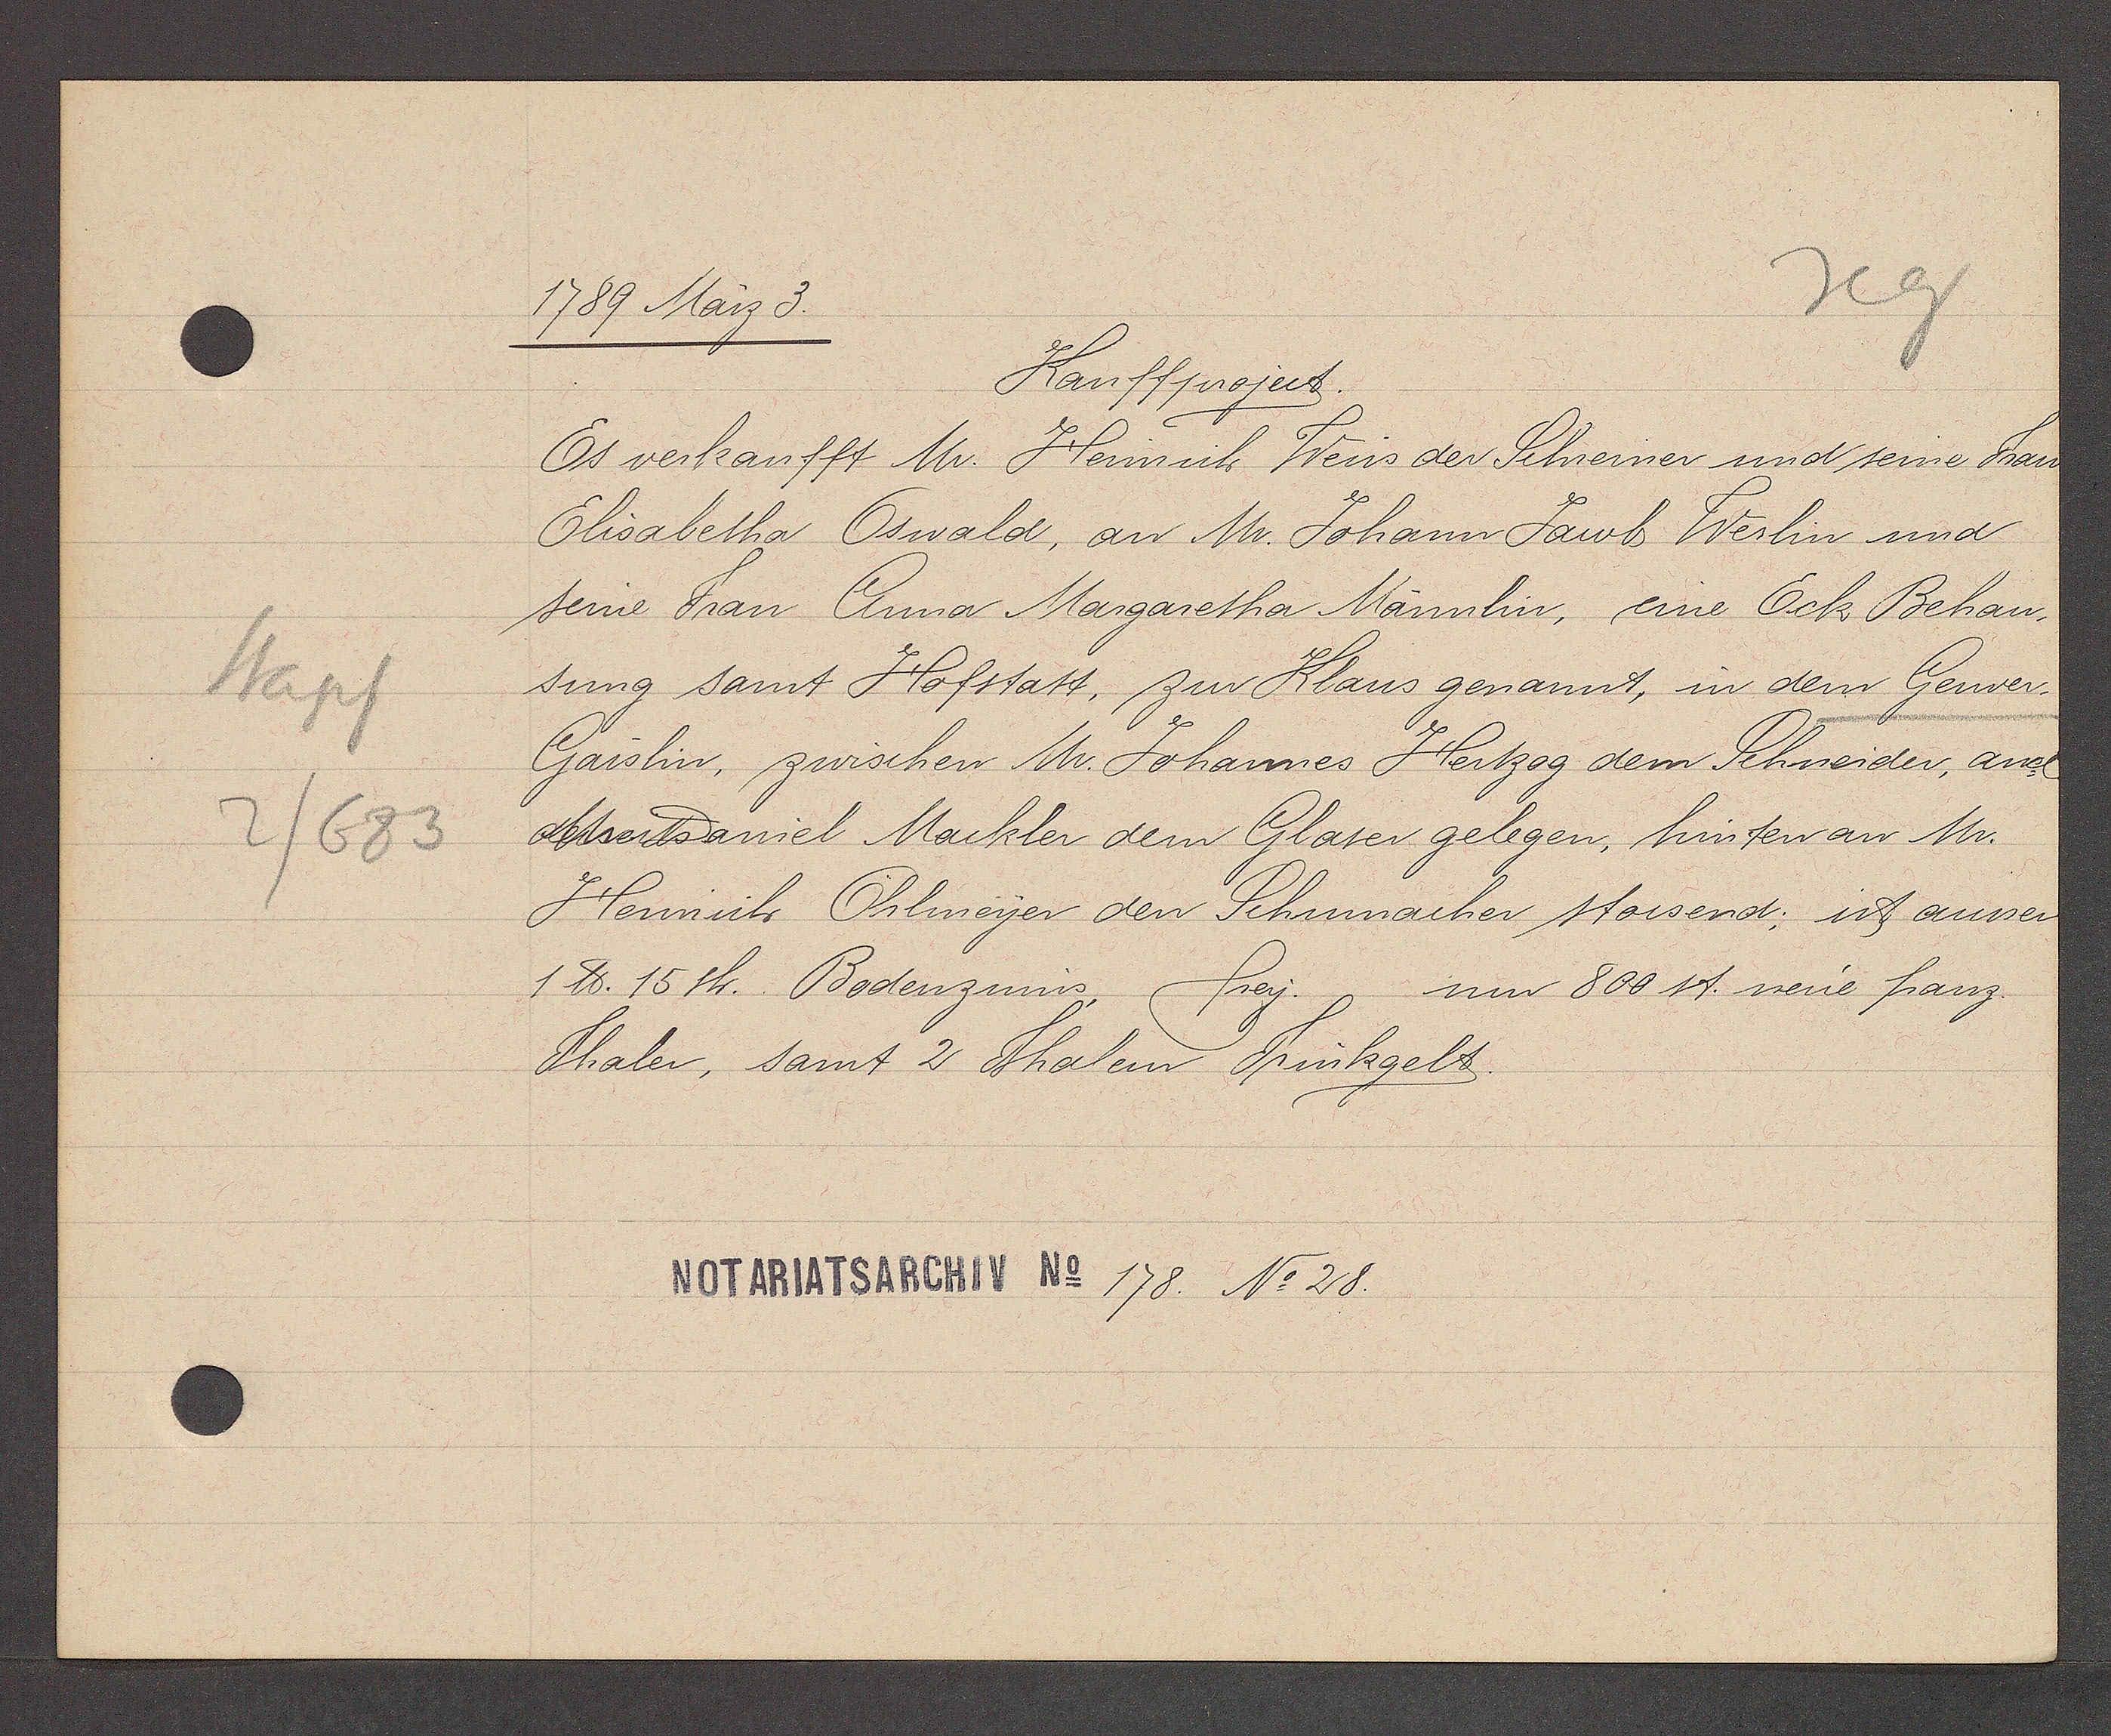
Transcript:
Stapf
2/683

1789 März 3.

Kauffproject.
Es verkaufft Mr. Heinrich Weis der Schreiner und seine Frau
Elisabetha Oswald, an Mr. Johann Jacob Werlin und
seine Frau Anna Margaretha Männlin, eine Eck Behau¬
sung samt Hofstatt, zur Klaus genannt, in dem Gerwer¬
Gaislin, zwischen Mr. Johannes Hertzog dem Schneider, and
detser Daniel Mackler dem Glaser gelegen, hinten an Mr.
Heinrich Ohlmeyer den Schumacher stossend; ist ausser
1 ℔. 15sh. Bodenzinns, frey. um 800 st neue franz.
Thaler, samt 2 Thalen Trinkgelt.

Notariatsarchiv No 178. No 28.